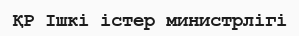
ҚР Ішкі істер министрлігі